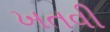
ખતવી